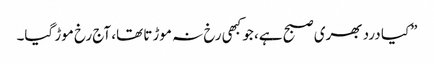
”کیا درد بھری صبح ہے، جو کبھی رخ نہ موڑتا تھا، آج رخ موڑ گیا۔